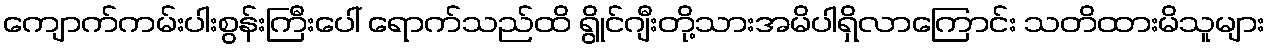
ကျောက်ကမ်းပါးစွန်းကြီးပေါ် ရောက်သည်ထိ ရွိုင်ဂျီးတို့သားအမိပါရှိလာကြောင်း သတိထားမိသူများ